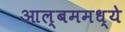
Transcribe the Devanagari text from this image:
आल्बममध्ये